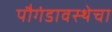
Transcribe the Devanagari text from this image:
पौगंडावस्थेचा